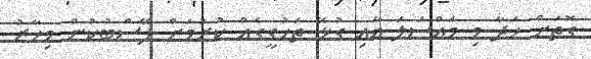
ގޮތަށް ހަދާ މި މައްސަލަ އާއި ގުޅޭ ތަހުގީގެއް ކުރުމަށް ފޭސްބުކުން މިހާރު